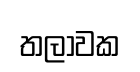
තලාවක